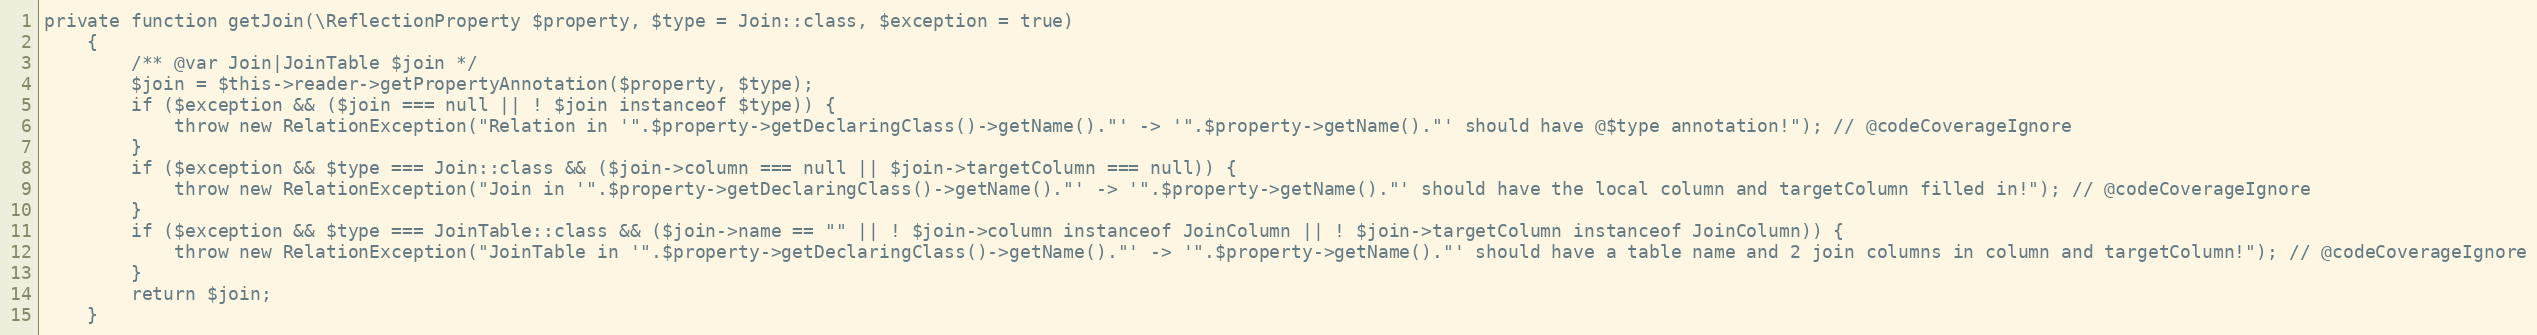
Language: PHP
private function getJoin(\ReflectionProperty $property, $type = Join::class, $exception = true)
    {
        /** @var Join|JoinTable $join */
        $join = $this->reader->getPropertyAnnotation($property, $type);
        if ($exception && ($join === null || ! $join instanceof $type)) {
            throw new RelationException("Relation in '".$property->getDeclaringClass()->getName()."' -> '".$property->getName()."' should have @$type annotation!"); // @codeCoverageIgnore
        }
        if ($exception && $type === Join::class && ($join->column === null || $join->targetColumn === null)) {
            throw new RelationException("Join in '".$property->getDeclaringClass()->getName()."' -> '".$property->getName()."' should have the local column and targetColumn filled in!"); // @codeCoverageIgnore
        }
        if ($exception && $type === JoinTable::class && ($join->name == "" || ! $join->column instanceof JoinColumn || ! $join->targetColumn instanceof JoinColumn)) {
            throw new RelationException("JoinTable in '".$property->getDeclaringClass()->getName()."' -> '".$property->getName()."' should have a table name and 2 join columns in column and targetColumn!"); // @codeCoverageIgnore
        }
        return $join;
    }